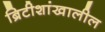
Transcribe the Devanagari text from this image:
ब्रिटीशांखालील